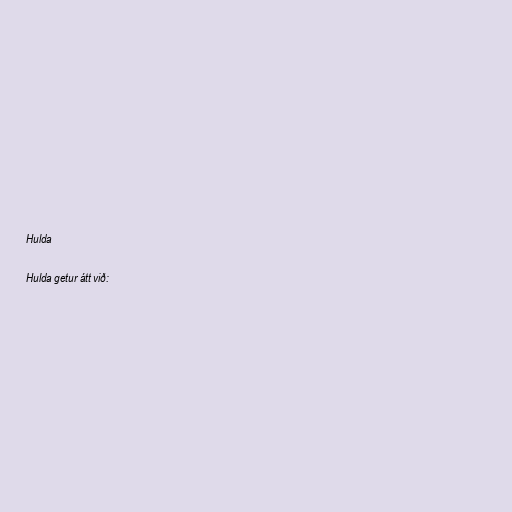
Hulda

Hulda getur átt við: